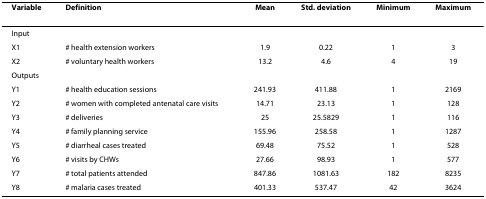
<table><thead><tr><td><b>Variable</b></td><td><b>Definition</b></td><td><b>Mean</b></td><td><b>Std. deviation</b></td><td><b>Minimum</b></td><td><b>Maximum</b></td></tr></thead><tbody><tr><td>Input</td><td></td><td></td><td></td><td></td><td></td></tr><tr><td>X1</td><td># health extension workers</td><td>1.9</td><td>0.22</td><td>1</td><td>3</td></tr><tr><td>X2</td><td># voluntary health workers</td><td>13.2</td><td>4.6</td><td>4</td><td>19</td></tr><tr><td>Outputs</td><td></td><td></td><td></td><td></td><td></td></tr><tr><td>Y1</td><td># health education sessions</td><td>241.93</td><td>411.88</td><td>1</td><td>2169</td></tr><tr><td>Y2</td><td># women with completed antenatal care visits</td><td>14.71</td><td>23.13</td><td>1</td><td>128</td></tr><tr><td>Y3</td><td># deliveries</td><td>25</td><td>25.5829</td><td>1</td><td>116</td></tr><tr><td>Y4</td><td># family planning service</td><td>155.96</td><td>258.58</td><td>1</td><td>1287</td></tr><tr><td>Y5</td><td># diarrheal cases treated</td><td>69.48</td><td>75.52</td><td>1</td><td>528</td></tr><tr><td>Y6</td><td># visits by CHWs</td><td>27.66</td><td>98.93</td><td>1</td><td>577</td></tr><tr><td>Y7</td><td># total patients attended</td><td>847.86</td><td>1081.63</td><td>182</td><td>8235</td></tr><tr><td>Y8</td><td># malaria cases treated</td><td>401.33</td><td>537.47</td><td>42</td><td>3624</td></tr></tbody></table>